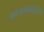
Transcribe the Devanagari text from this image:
कन्जन्कटाइवा